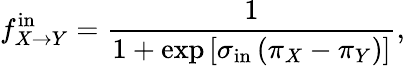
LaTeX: f_{X\to Y}^{\mathrm{in}}=\frac{1}{1+\exp\left[\sigma_{\mathrm{in}}\left(\pi_{X}-\pi_{Y}\right)\right]},